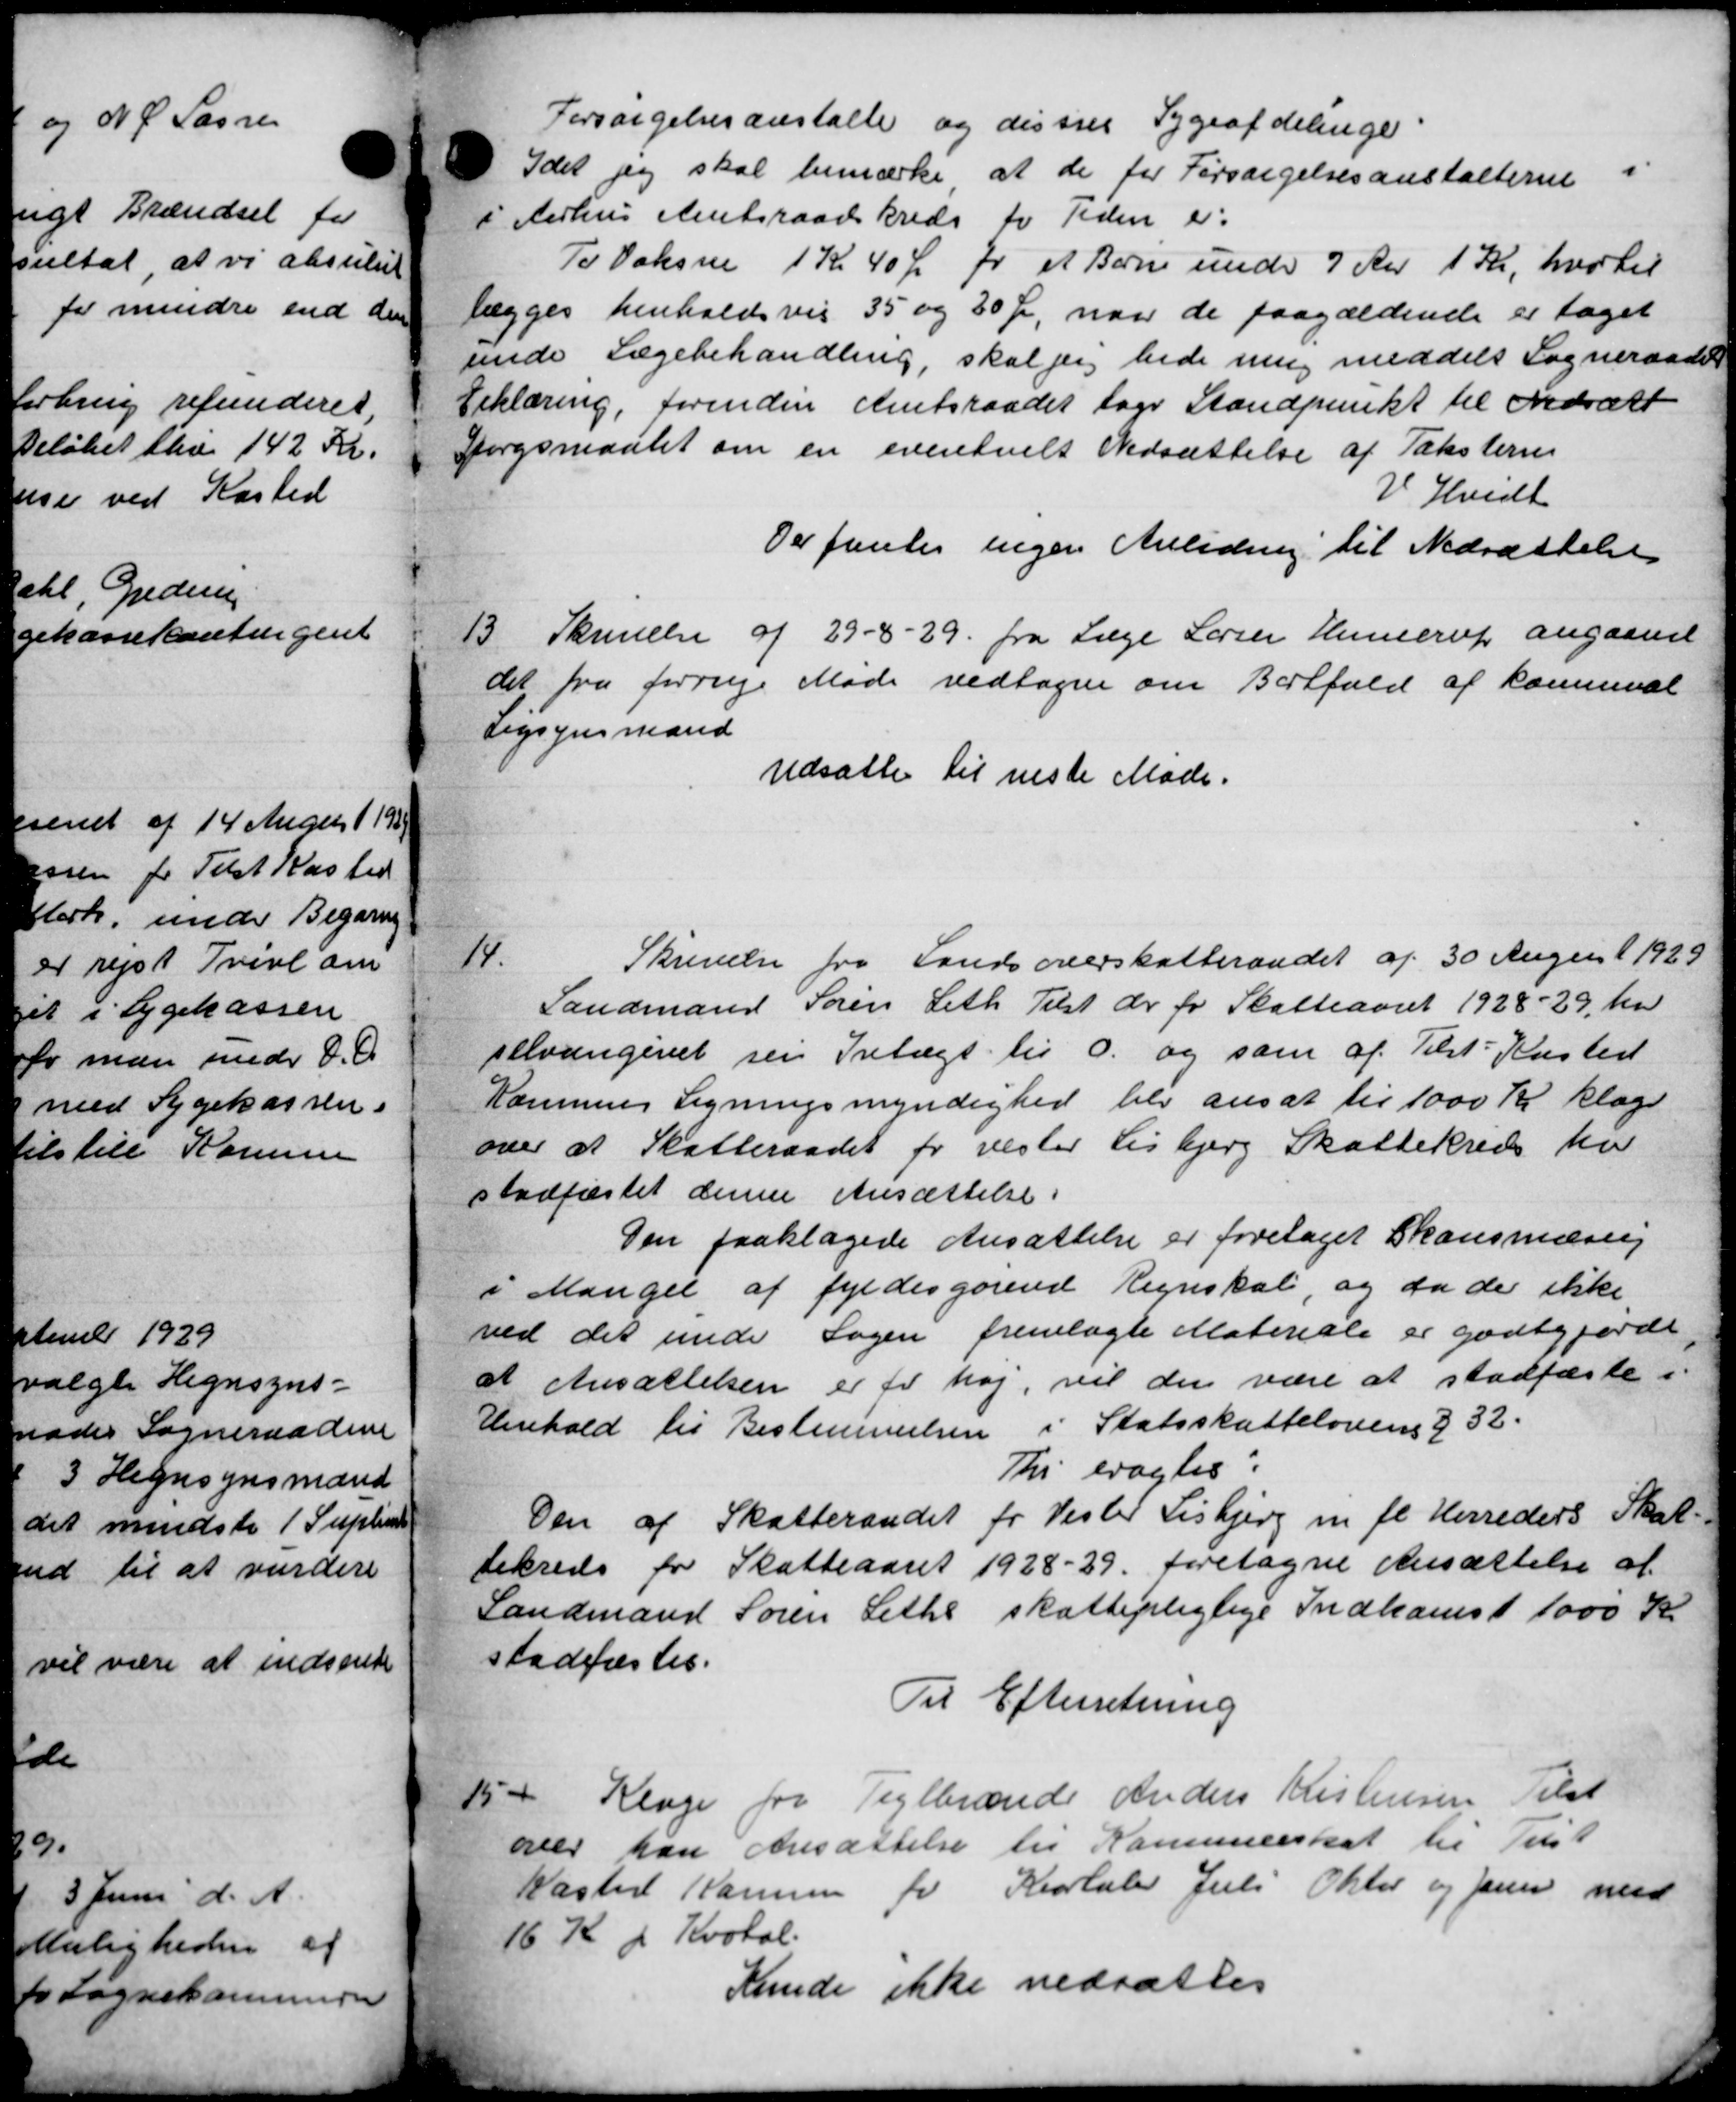
Transskription:
Forsørgelsesanstalte og disses Sygeafdelinger:
Idet jeg skal bemærke at de for Forsørgelsesanstalterne i
i Aarhus Amtsraadskreds for Tiden er:
To Voksne 1 Kr 40 Øre pr et Børne under 7 Aar 1 Kr, hvortil
lægges henholdsvis 35 og 30 Kr, naar de paagældende er taget
unde Lægebehandling, skal jeg bede ming meddelt Sogneraadet
Erklæring, forinden Amtsraadet tage Standpunkt til Idrætt
Spørgsmaalet om en eventuelt Nedsættelse af Taksterne
V. Hvidt
Der fantes ingen Anledning til Nedsættelse
13.
Skrivelse af 29 - 8 - 29. fra Læge Larsen Heerup angaaende
det fra forrige  Møde vedtagne om Bilfald af kommeal
Ligsynsmand
Udsatte til næste Møde.
14.
Skrivelse fra Landsoverskatteraadet af 30 August 1929
Landmand Søren Leth Tilst der for Skatteaaret 1928-29, har
selvangivet sen Intægt til O. og som af Tilst Kasted
Kommunes Ligningsmyndighed blev ansat til 1000 Kr klage
over at Skatteraadet for vester Lisbjerg Skattekreds har
stadfæstet denne Ansættelse.
Den paaklagede Ansættelse er foretaget Skansmæssig
i Mangel af fyldes gørende Regnskab, og da de ikke
ved det unde Sagen fremlagte Materiale er godtgjorde
at Ansættelsen er for høj, vil den være at stadfæste i
Henhold til Bestemmelsen i Statsskattelovens § 32.
Thi eragtes:
Den af Skatteraadet for Vester Lisbjerg m. fl. Herreders Skat.
tekreds for Skatteaaret 1928-29 foretagne Ansættelse af
Landmand Søren Lethe skattepligtige Indkomst 1000 Kr
stadfæstes.
Til Efterretning
15
Klage fra Teglbrænde Anders Kristensen Tilst
over han Ansættelse til Kommuneskat til Tilst
Kasted Komune for Kvartaler Juli Oktor og Juni med
16 Kr + Kvotal.
Kunde ikke nedsattes